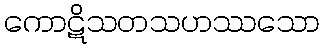
ကောဋိသတသဟဿသော